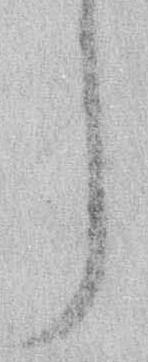
う